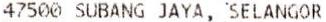
47500 SUBANG JAYA, SELANGOR